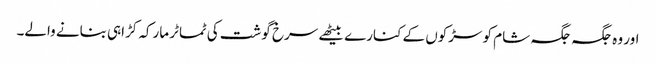
اور وہ جگہ جگہ شام کو سڑکوں کے کنارے بیٹھے سرخ گوشت کی ٹماٹر مارکہ کڑاہی بنانے والے۔